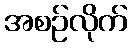
အစဉ်လိုက်